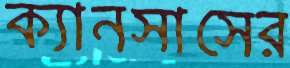
ক্যানসাসের